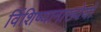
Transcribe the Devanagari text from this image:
र्विशिष्यानाख्येयो